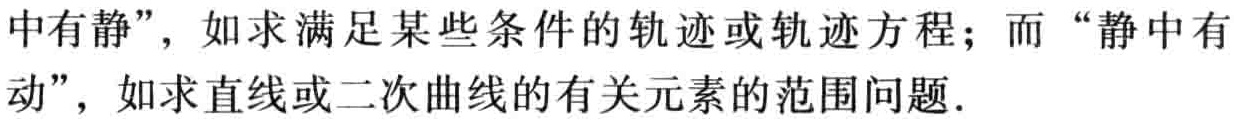
中有静”，如求满足某些条件的轨迹或轨迹方程；而“静中有

动”，如求直线或二次曲线的有关元素的范围问题．